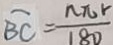
B C = \frac { n \pi r } { 1 8 0 }